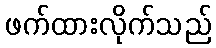
ဖက်ထားလိုက်သည်